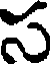
స